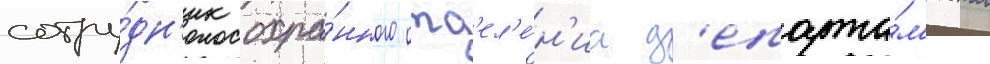
сотру́дн'ик охра́нного отд'ел'е́н'иа д'епарта́м'ента